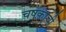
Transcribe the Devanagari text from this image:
चषकाची